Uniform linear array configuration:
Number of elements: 24
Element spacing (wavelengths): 0.5
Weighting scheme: binomial
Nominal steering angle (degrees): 0
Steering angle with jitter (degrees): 0.5231
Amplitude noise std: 0.05
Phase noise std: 0.05

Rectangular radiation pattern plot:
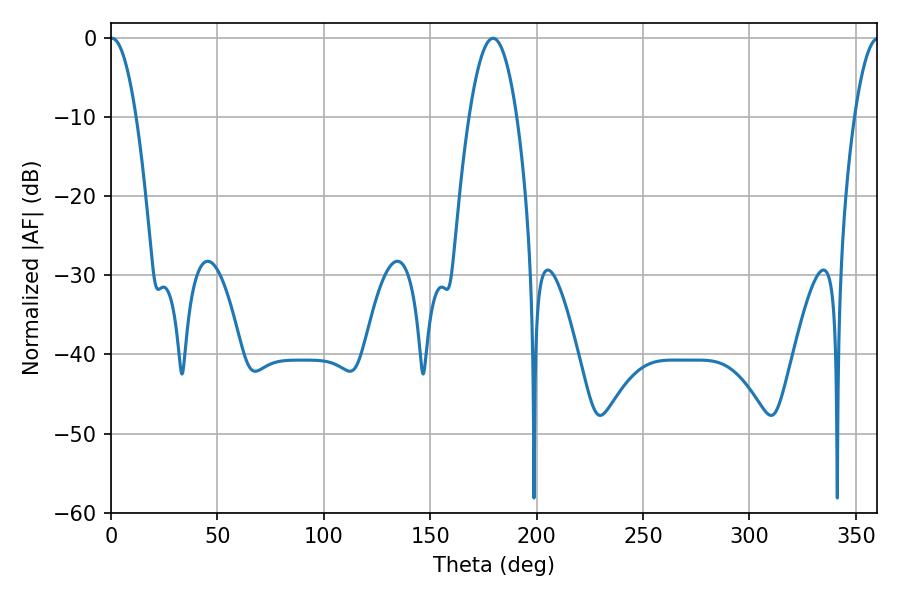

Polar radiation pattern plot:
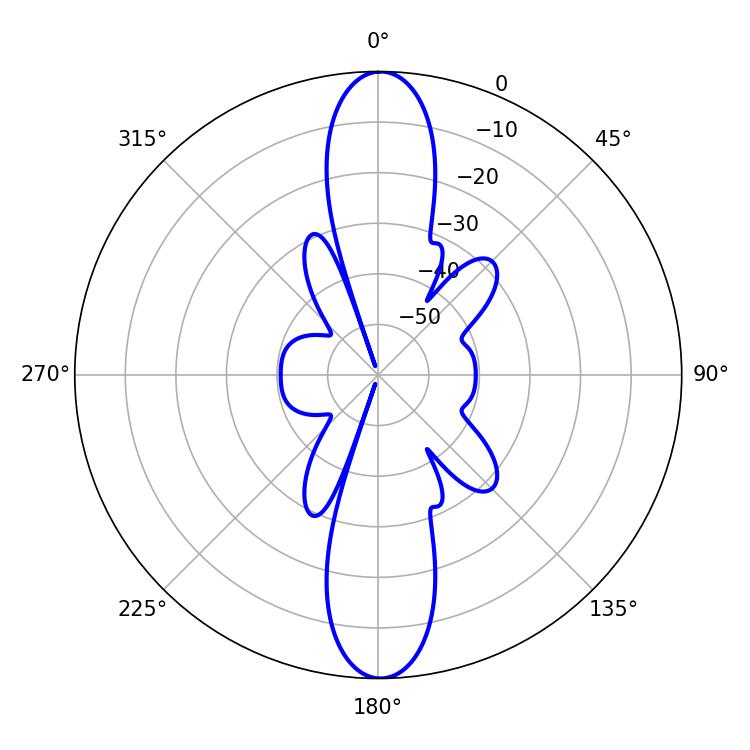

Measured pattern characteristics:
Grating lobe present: FALSE
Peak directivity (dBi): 26.188
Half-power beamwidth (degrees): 6.66
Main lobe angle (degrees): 0.54